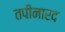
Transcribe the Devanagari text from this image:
तपीनारद